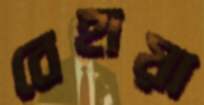
বেহায়া